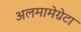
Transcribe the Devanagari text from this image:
अलमामेग्रेटा